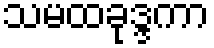
သမထခုဒ္ဒကာ